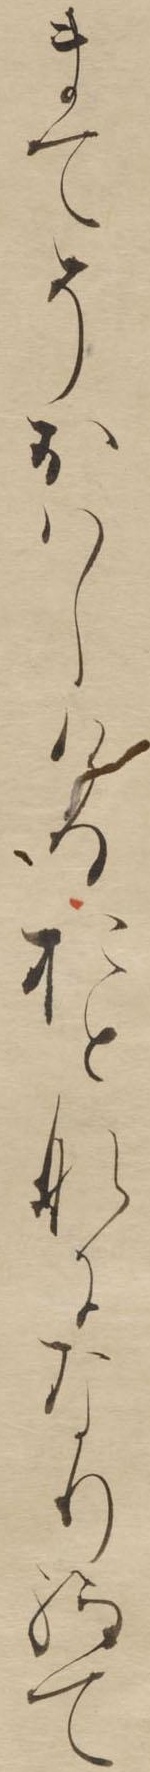
まてそおはしけるおとなになり給て